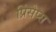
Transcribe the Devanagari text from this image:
प्रिंसेप्स